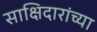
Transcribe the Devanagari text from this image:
साक्षिदारांच्या